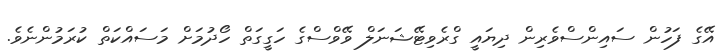
އޭގެ ފަހުން ސައިންސްވެރިން ދިޔައީ ގްރެވިޓޭޝަނަލް ވޭވްސްގެ ހަގީގަތް ހޯދުމަށް މަސައްކަތް ކުރަމުންނެވެ.